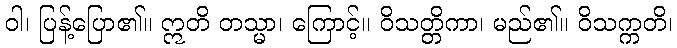
ဝါ၊ ပြန့်ပြော၏။ ဣတိ တသ္မာ၊ ကြောင့်။ ဝိသတ္တိကာ၊ မည်၏။ ဝိသက္ကတိ၊